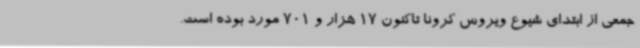
جمعی از ابتدای شیوع ویروس کرونا تاکنون 17 هزار و 701 مورد بوده است.